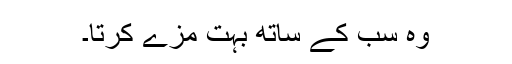
وہ سب کے ساتھ بہت مزے کرتا۔